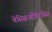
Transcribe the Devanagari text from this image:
बेसिसओंडेरविस